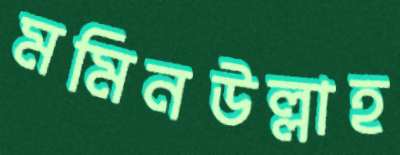
মমিনউল্লাহ